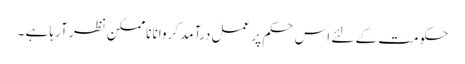
حکومت کے لئے اس حکم پر عمل درآمد کروانا ناممکن نظر آرہا ہے ۔